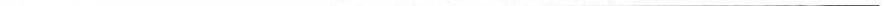
___